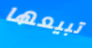
تبيعها